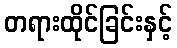
တရားထိုင်ခြင်းနှင့်